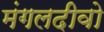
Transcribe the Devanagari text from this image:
मंगलदीवो